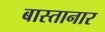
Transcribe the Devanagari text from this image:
बास्तानार